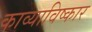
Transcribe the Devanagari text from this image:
काव्याविष्कार